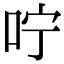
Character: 咛